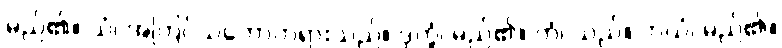
မည်၏။ ယံ၊ အကြင်သဘောတရားသည်။ ဒုက္ခံ၊ မည်၏။ တံ၊ သည်။ ဘယံ၊ မည်၏။